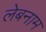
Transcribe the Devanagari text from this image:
लेबनाम